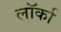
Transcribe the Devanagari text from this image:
लॉर्का